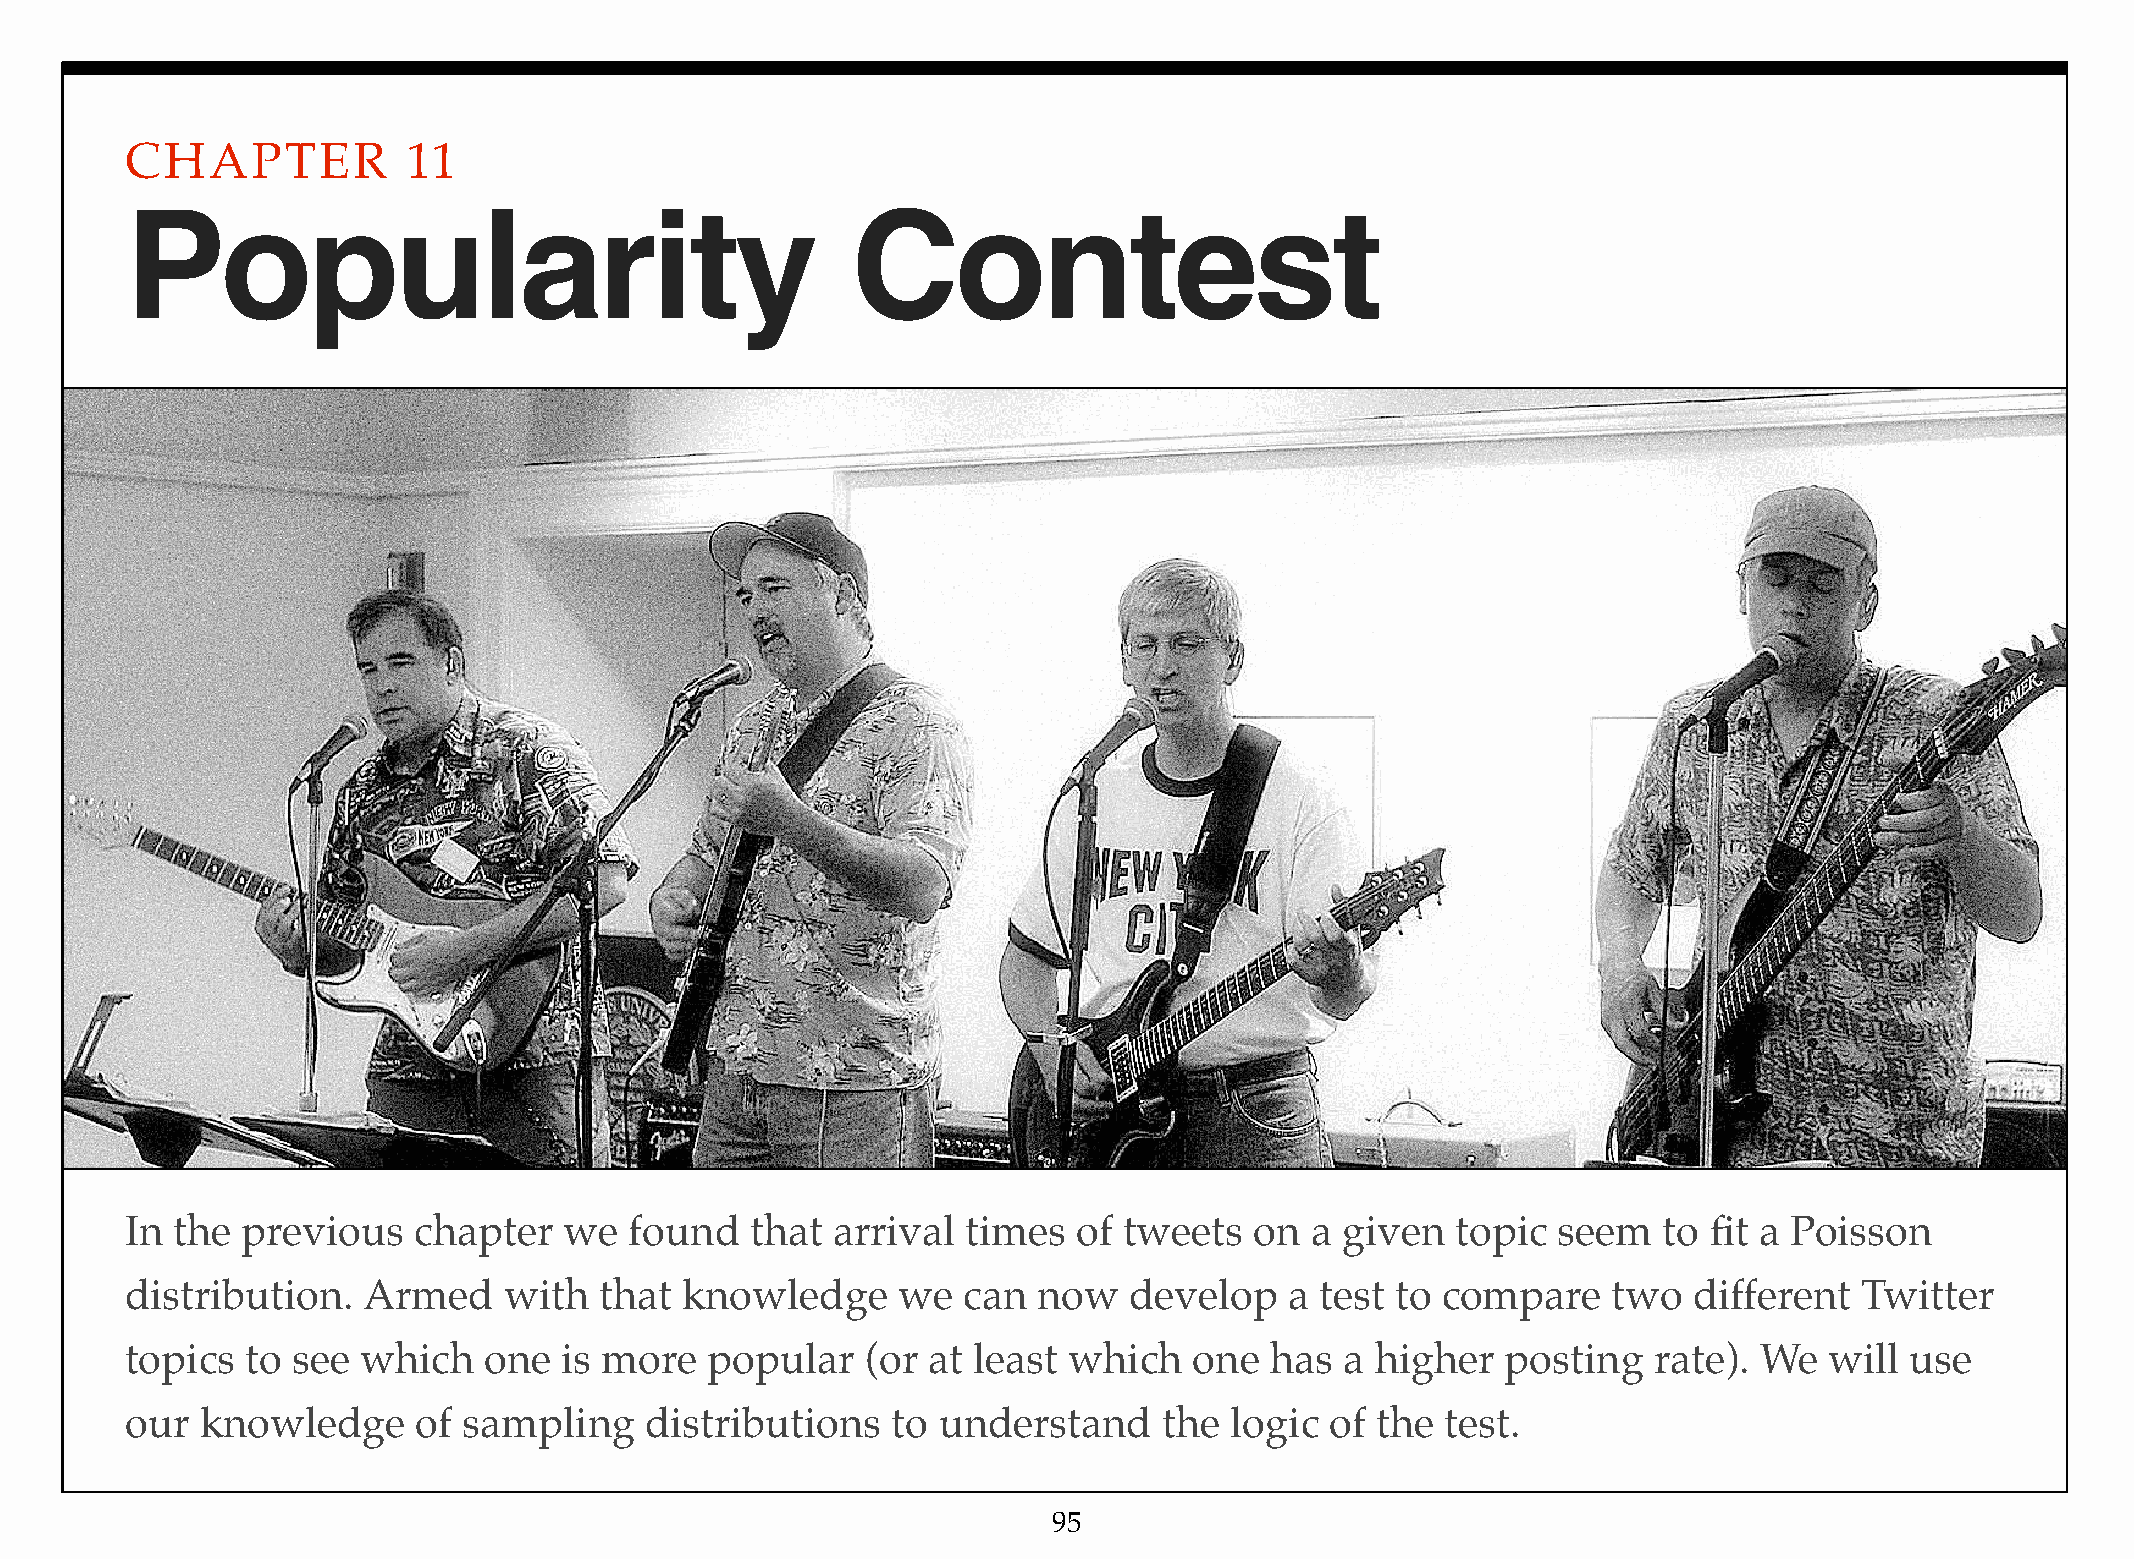
CHAPTER            11
 Popularity                                      Contest
 In  the previous   chapter   we   found   that arrival  times  of tweets   on  a given  topic  seem   to fit a Poisson
 distribution.   Armed    with   that knowledge     we   can  now   develop   a test to compare     two  different  Twitter
 topics  to see  which   one  is more   popular   (or at least  which   one  has  a higher   posting  rate). We   will use
 our  knowledge      of sampling    distributions   to understand     the logic  of the  test.
 95